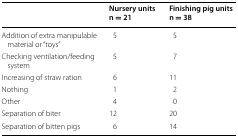
<table><thead><tr><td></td><td><b>Nursery units n = 21</b></td><td><b>Finishing pig units n = 38</b></td></tr></thead><tbody><tr><td>Addition of extra manipulable material or “toys”</td><td>5</td><td>5</td></tr><tr><td>Checking ventilation/feeding system</td><td>5</td><td>7</td></tr><tr><td>Increasing of straw ration</td><td>6</td><td>11</td></tr><tr><td>Nothing</td><td>1</td><td>2</td></tr><tr><td>Other</td><td>4</td><td>0</td></tr><tr><td>Separation of biter</td><td>12</td><td>20</td></tr><tr><td>Separation of bitten pigs</td><td>6</td><td>14</td></tr></tbody></table>